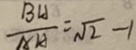
\frac { B H } { A H } = \sqrt { 2 } - 1